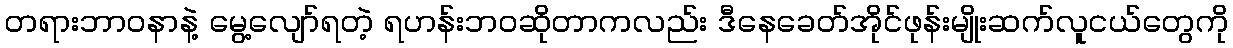
တရားဘာဝနာနဲ့ မွေ့လျော်ရတဲ့ ရဟန်းဘဝဆိုတာကလည်း ဒီနေခေတ်အိုင်ဖုန်းမျိုးဆက်လူငယ်တွေကို